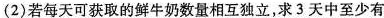
(2)若每天可获取的鲜牛奶数量相互独立，求3天中至少有